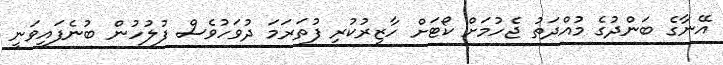
އޭނާގެ ބަންދުގެ މުއްދަތު ޖެހުމަށް ކޯޓަށް ހާޒިރުކުރި ފުތަރަމަ ދުވަހުވެސް ފުލުހުން ބުނެފައިވަނީ